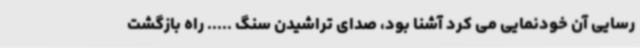
رسایی آن خودنمایی می کرد آشنا بود، صدای تراشیدن سنگ ..... راه بازگشت